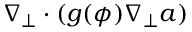
\nabla _ { \perp } \cdot ( g ( \phi ) \nabla _ { \perp } a )